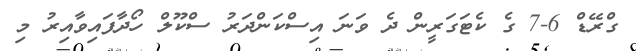
ގްރޭޑް 6-7 ގެ ކެޓަގަރީން ދެ ވަނަ އިސްކަންދަރު ސްކޫލް ހޯދާފައިވާއިރު މި